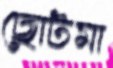
ছোটমা